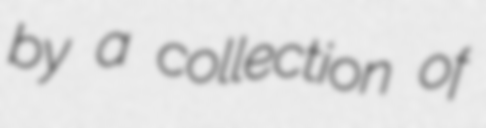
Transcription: by a collection of